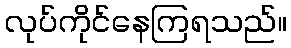
လုပ်ကိုင်နေကြရသည်။